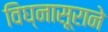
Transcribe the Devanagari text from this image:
विघ्नासूराने